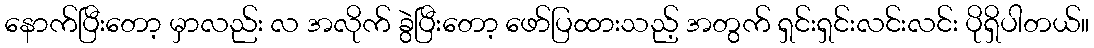
နောက်ပြီးတော့ မှာလည်း လ အလိုက် ခွဲပြီးတော့ ဖော်ပြထားသည့် အတွက် ရှင်းရှင်းလင်းလင်း ပိုရှိပါတယ်။